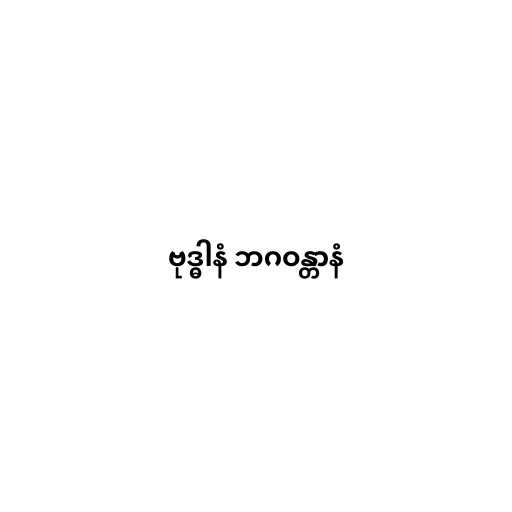
ဗုဒ္ဓါနံ ဘဂဝန္တာနံ